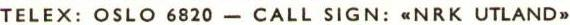
TELEX: OSLO 6820 - CALL SIGN: <<NRK UTLAND>>